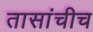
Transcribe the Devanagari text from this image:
तासांचीच